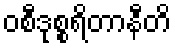
ဝစီဒုစ္စရိတာနီတိ